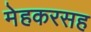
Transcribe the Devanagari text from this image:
मेहकरसह